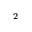
^ { 2 }